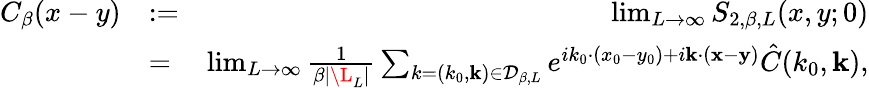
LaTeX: \begin{array}{rlr}{C_{\beta}(x-y)}&{:=}&{\operatorname*{lim}_{L\rightarrow\infty}S_{2,\beta,L}(x,y;0)}\\ &{=}&{\operatorname*{lim}_{L\rightarrow\infty}{\frac{1}{\beta|\L_{L}|}}\sum_{k=(k_{0},{\mathbf k})\in{\cal D}_{\beta,L}}e^{ik_{0}\cdot(x_{0}-y_{0})+i{\mathbf k}\cdot({\mathbf x}-{\mathbf y})}\hat{C}(k_{0},{\mathbf k}),}\end{array}